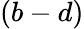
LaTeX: (b-d)